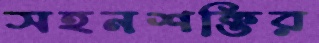
সহনশক্তির